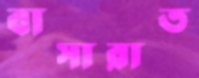
বাসারাত